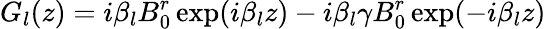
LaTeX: G_{l}(z)=i\beta_{l}B_{0}^{r}\exp(i\beta_{l}z)-i\beta_{l}\gamma B_{0}^{r}\exp(-i\beta_{l}z)